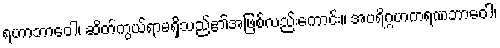
ရဟာဘာဝေါ၊ ဆိတ်ကွယ်ရာမရှိသည်၏အဖြစ်လည်းကောင်း။ အပရိဂ္ဂဟကရဏဘာဝေါ၊